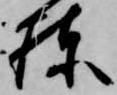
棟